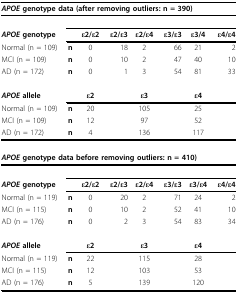
<table><thead><tr><td colspan="8"><b><i>APOE </i>genotype data (after removing outliers: n = 390)</b></td></tr></thead><tbody><tr><td><b><i>APOE </i>genotype</b></td><td></td><td><b>ε2/ε2</b></td><td><b>ε2/ε3</b></td><td><b>ε2/ε4</b></td><td><b>ε3/ε3</b></td><td><b>ε3/4</b></td><td><b>ε4/ε4</b></td></tr><tr><td>Normal (n = 109)</td><td><b>n</b></td><td>0</td><td>18</td><td>2</td><td>66</td><td>21</td><td>2</td></tr><tr><td>MCI (n = 109)</td><td><b>n</b></td><td>0</td><td>10</td><td>2</td><td>47</td><td>40</td><td>10</td></tr><tr><td>AD (n = 172)</td><td><b>n</b></td><td>0</td><td>1</td><td>3</td><td>54</td><td>81</td><td>33</td></tr><tr><td><b><i>APOE </i>allele</b></td><td></td><td><b>ε2</b></td><td></td><td><b>ε3</b></td><td></td><td><b>ε4</b></td><td></td></tr><tr><td>Normal (n = 109)</td><td><b>n</b></td><td>20</td><td></td><td>105</td><td></td><td>25</td><td></td></tr><tr><td>MCI (n = 109)</td><td><b>n</b></td><td>12</td><td></td><td>97</td><td></td><td>52</td><td></td></tr><tr><td>AD (n = 172)</td><td><b>n</b></td><td>4</td><td></td><td>136</td><td></td><td>117</td><td></td></tr><tr><td colspan="8"><b><i>APOE </i>genotype data before removing outliers: n = 410)</b></td></tr><tr><td><b><i>APOE </i>genotype</b></td><td></td><td><b>ε2/ε2</b></td><td><b>ε2/ε3</b></td><td><b>ε2/ε4</b></td><td><b>ε3/ε3</b></td><td><b>ε3/ε4</b></td><td><b>ε4/ε4</b></td></tr><tr><td>Normal (n = 119)</td><td><b>n</b></td><td>0</td><td>20</td><td>2</td><td>71</td><td>24</td><td>2</td></tr><tr><td>MCI (n = 115)</td><td><b>n</b></td><td>0</td><td>10</td><td>2</td><td>52</td><td>41</td><td>10</td></tr><tr><td>AD (n = 176)</td><td><b>n</b></td><td>0</td><td>2</td><td>3</td><td>54</td><td>83</td><td>34</td></tr><tr><td><b><i>APOE </i>allele</b></td><td></td><td><b>ε2</b></td><td></td><td><b>ε3</b></td><td></td><td><b>ε4</b></td><td></td></tr><tr><td>Normal (n = 119)</td><td><b>n</b></td><td>22</td><td></td><td>115</td><td></td><td>28</td><td></td></tr><tr><td>MCI (n = 115)</td><td><b>n</b></td><td>12</td><td></td><td>103</td><td></td><td>53</td><td></td></tr><tr><td>AD (n = 176)</td><td><b>n</b></td><td>5</td><td></td><td>139</td><td></td><td>120</td><td></td></tr></tbody></table>